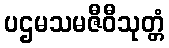
ပဌမသမဇီဝီသုတ္တံ